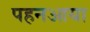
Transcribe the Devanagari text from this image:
पहनआया